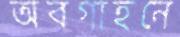
অবগাহনে